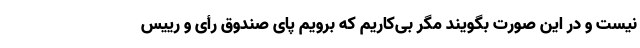
نیست و در این صورت بگویند مگر بی‌کاریم که برویم پای صندوق رأی و رییس